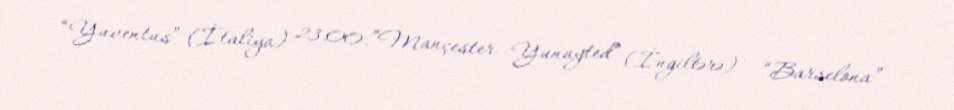
“Yuventus” (İtaliya) 23:00.”Mançester Yunayted” (İngiltərə) – “Barselona”